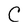
Character: C